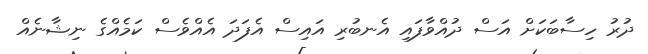
ދުރު ހިސާބަކަށް އަސް ދުއްވާފައި އެނބުރި އައިސް އެފަދަ އެއްވެސް ކަމެއްގެ ނިޝާނެއް